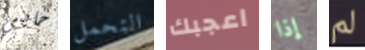
جايني التحمل اعجبك إذا لم